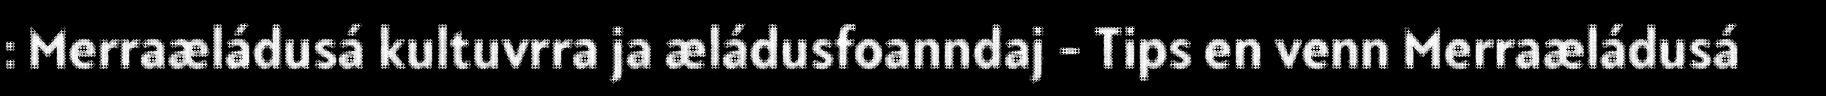
: Merraæládusá kultuvrra ja æládusfoanndaj - Tips en venn Merraæládusá